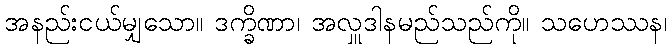
အနည်းငယ်မျှသော။ ဒက္ခိဏာ၊ အလှူဒါနမည်သည်ကို။ သဟေဿန၊